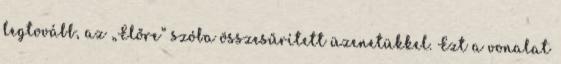
legtovább, az „Előre” szóba összesűrített üzenetükkel. Ezt a vonalat